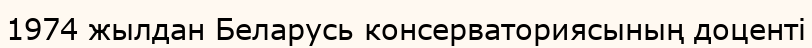
1974 жылдан Беларусь консерваториясының доценті